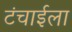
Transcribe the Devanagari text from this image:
टंचाईला